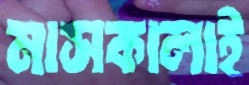
মাসকালাই